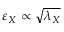
\varepsilon _ { X } \propto \sqrt { \lambda _ { X } }